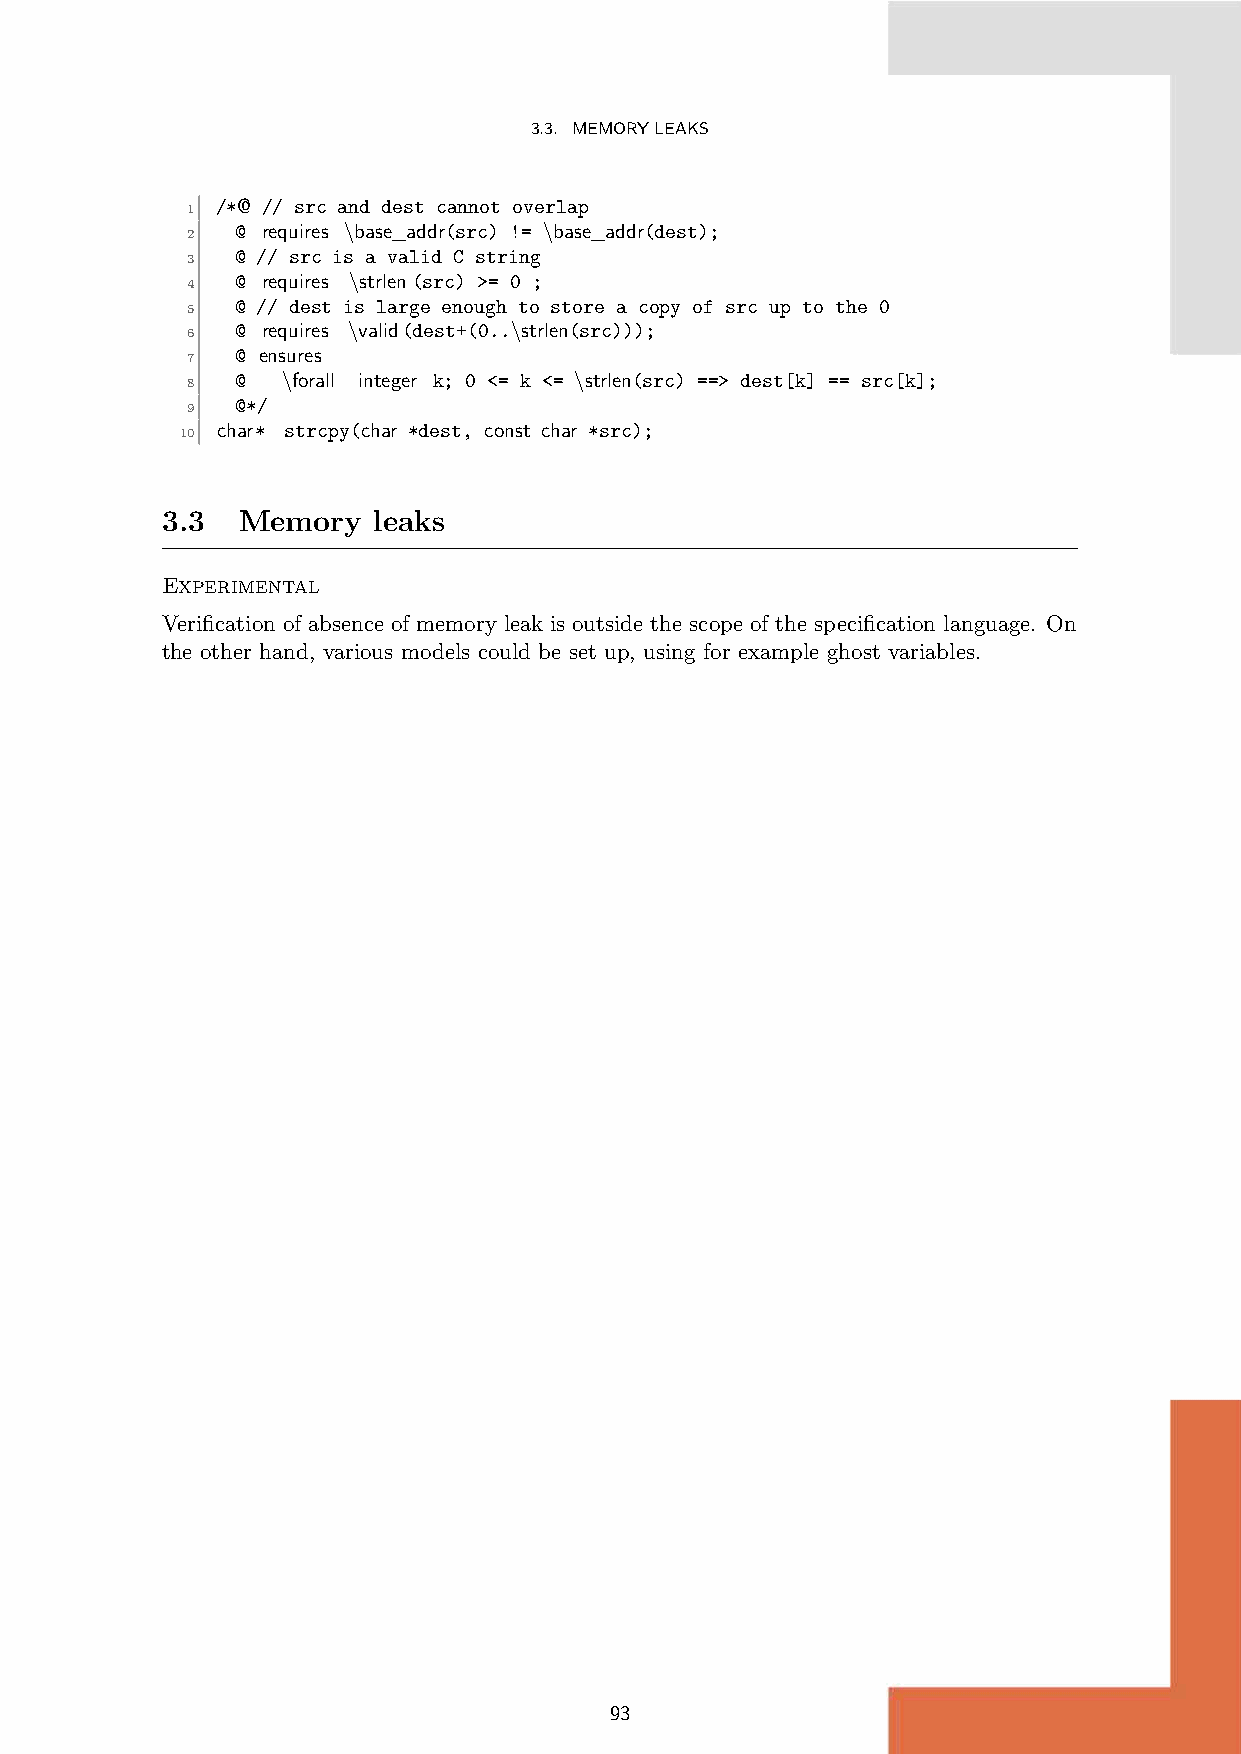
3.3. MEMORYLEAKS
 /*@ // src and dest cannot overlap
 1
 @ requires \base_addr(src) != \base_addr(dest);
 2
 @ // src is a valid C string
 3
 @ requires \strlen(src) >= 0 ;
 4
 @ // dest is large enough to store a copy of src up to the 0
 5
 @ requires \valid(dest+(0..\strlen(src)));
 6
 @ ensures
 7
 @  \forall integer k; 0 <= k <= \strlen(src) ==> dest[k] == src[k];
 8
 @*/
 9
 char* strcpy(char *dest, const char *src);
 10
 3.3  Memory   leaks
 Experimental
 Verification of absence of memory leak is outside the scope of the specification language. On
 the other hand, various models could be set up, using for example ghost variables.
 93